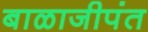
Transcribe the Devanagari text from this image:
बाळाजीपंत